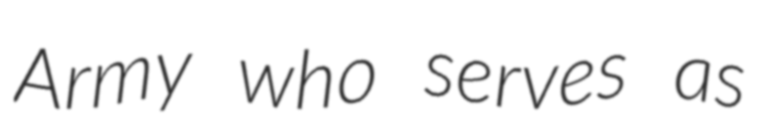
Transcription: Army who serves as